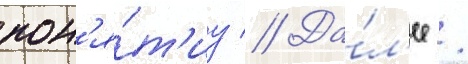
пон'я́т'иу // Да́л'ее /